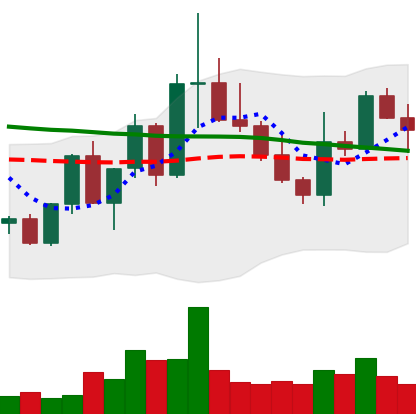
Ticker: XLM-USD
Chart end date: 2022-10-03
Forward return: 7.957%
Label: up_7plus